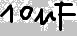
Text: 10µF